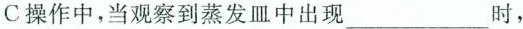
C操作中，当观察到蒸发皿中出现___时，